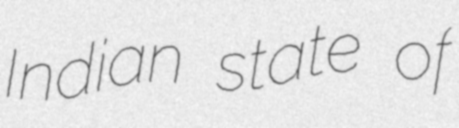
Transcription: Indian state of